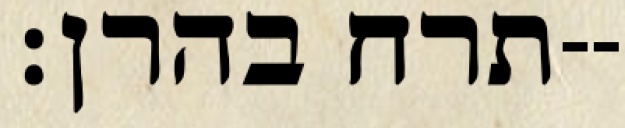
תרח בהרן׃--